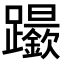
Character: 𨇬